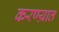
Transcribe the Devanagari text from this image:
करण्य़ात